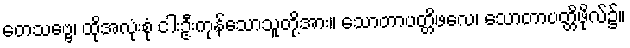
တေသဗ္ဗေ၊ ထိုအလုံးစုံ ငါးဦးကုန်သောသူတို့အား။ သောတာပတ္တိဖလေ၊ သောတာပတ္တိဖိုလ်၌။